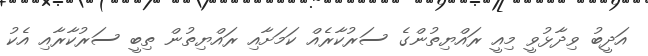
އަދީބު ވިދާޅުވީ މިއީ ރައްޔިތުންގެ ސަރުކާރެއް ކަމަށާއި ރައްޔިތުން ތިބީ ސަރުކާރާއި އެކު